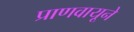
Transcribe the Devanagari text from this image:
प्राणवायूने